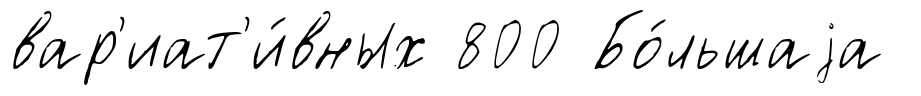
вар'иат'и́вных 800 Бо́льшаjа